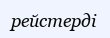
рейстерді